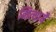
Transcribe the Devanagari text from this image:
नित्यायै